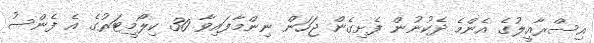
އިސްރާއީލުގެ އެންމެ ދެކުނުން ފެށިގެން ޖަހަން ނިންމާފައިވާ 30 ކިލޯމީޓަރުގެ އެ ފެންސު